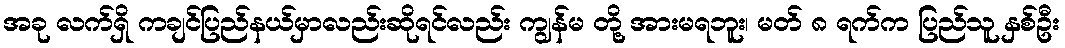
အခု လက်ရှိ ကချင်ပြည်နယ်မှာလည်းဆိုရင်လည်း ကျွန်မ တို့ အားမရဘူး၊ မတ် ၈ ရက်က ပြည်သူ နှစ်ဦး